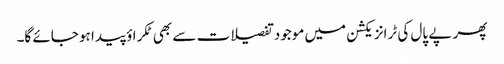
پھر پے پال کی ٹرانزیکشن میں موجود تفصیلات سے بھی ٹکراؤ پیدا ہو جائے گا۔